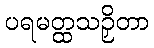
ပရမတ္ထသဉှိတာ